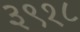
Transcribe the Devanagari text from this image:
३९१८